Annual report of the Punjab Veterinary College and of the Civil Veterinary Department, Punjab - 1920-1925
Year: 1920
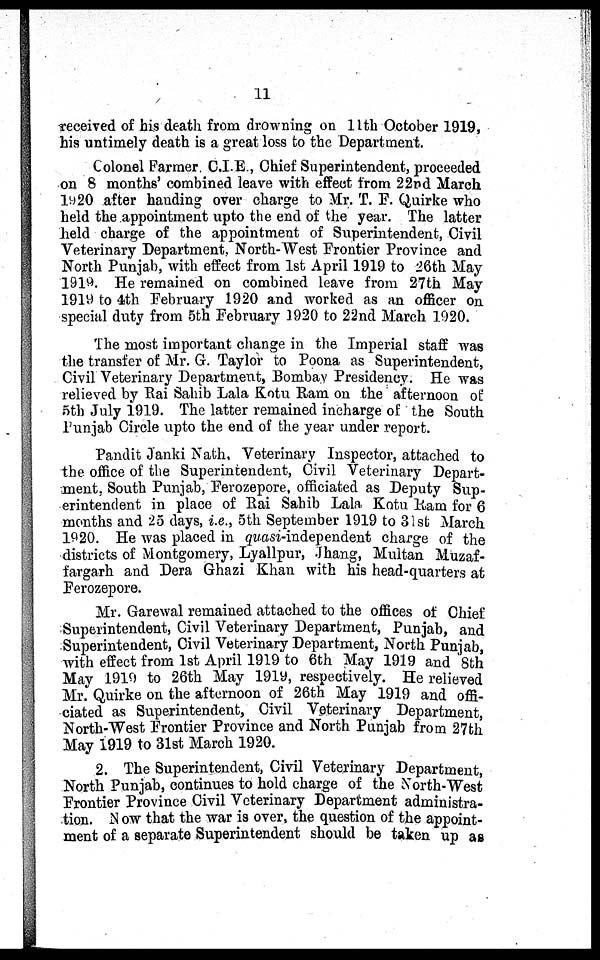
11
received of his death from drowning on 11th October 1919,
his untimely death is a great loss to the Department.
Colonel Farmer C.I.E., Chief Superintendent, proceeded
on 8 months' combined leave with effect from 22nd March
1920 after handing over charge to Mr. T. F. Quirke who
held the appointment upto the end of the year. The latter
held charge of the appointment of Superintendent, Civil
Veterinary Department, North-West Frontier Province and
North Punjab, with effect from 1st April 1919 to 26th May
1919. He remained on combined leave from 27th May
1919 to 4th February 1920 and worked as an officer on
special duty from 5th February 1920 to 22nd March 1920.
The most important change in the Imperial staff was
the transfer of Mr. G. Taylor to Poona as Superintendent,
Civil Veterinary Department, Bombay Presidency. He was
relieved by Rai Sahib Lala Kotu Ram on the afternoon of
5th July 1919. The latter remained incharge of the South
Punjab Circle upto the end of the year under report.
Pandit Janki Nath, Veterinary Inspector, attached to
the office of the Superintendent, Civil Veterinary Depart-
ment, South Punjab, Ferozepore, officiated as Deputy Sup-
erintendent in place of Rai Sahib Lala Kotu Ram for 6
months and 25 days, i.e., 5th September 1919 to 31st March
1920. He was placed in quasi-independent charge of the
districts of Montgomery, Lyallpur, Jhang, Multan Muzaf-
fargarh and Dera Ghazi Khan with his head-quarters at
Ferozepore.
Mr. Garewal remained attached to the offices of Chief
Superintendent, Civil Veterinary Department, Punjab, and
Superintendent, Civil Veterinary Department, North Punjab,
with effect from 1st April 1919 to 6th May 1919 and 8th
May 1919 to 26th May 1919, respectively. He relieved
Mr. Quirke on the afternoon of 26th May 1919 and offi-
ciated as Superintendent, Civil Veterinary Department,
North-West Frontier Province and North Punjab from 27th
May 1919 to 31st March 1920.
2. The Superintendent, Civil Veterinary Department,
North Punjab, continues to hold charge of the North-West
Frontier Province Civil Veterinary Department administra-
tion. Now that the war is over, the question of the appoint-
ment of a separate Superintendent should be taken up as